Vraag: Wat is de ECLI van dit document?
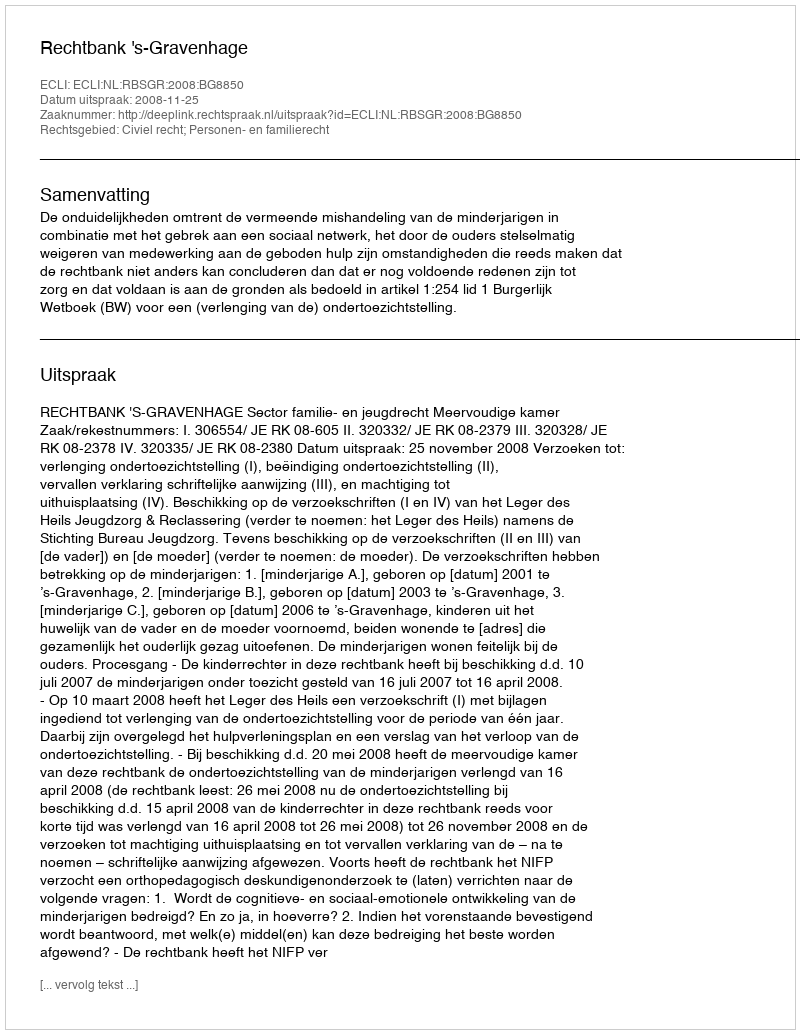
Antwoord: ECLI:NL:RBSGR:2008:BG8850